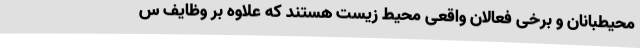
محیطبانان و برخی فعالان واقعی محیط زیست هستند که علاوه بر وظایف س